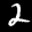
Digit: 2